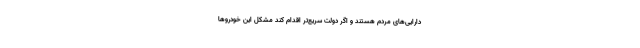
دارایی‌های مردم هستند و اگر دولت سریع‌تر اقدام کند مشکل این خودروها